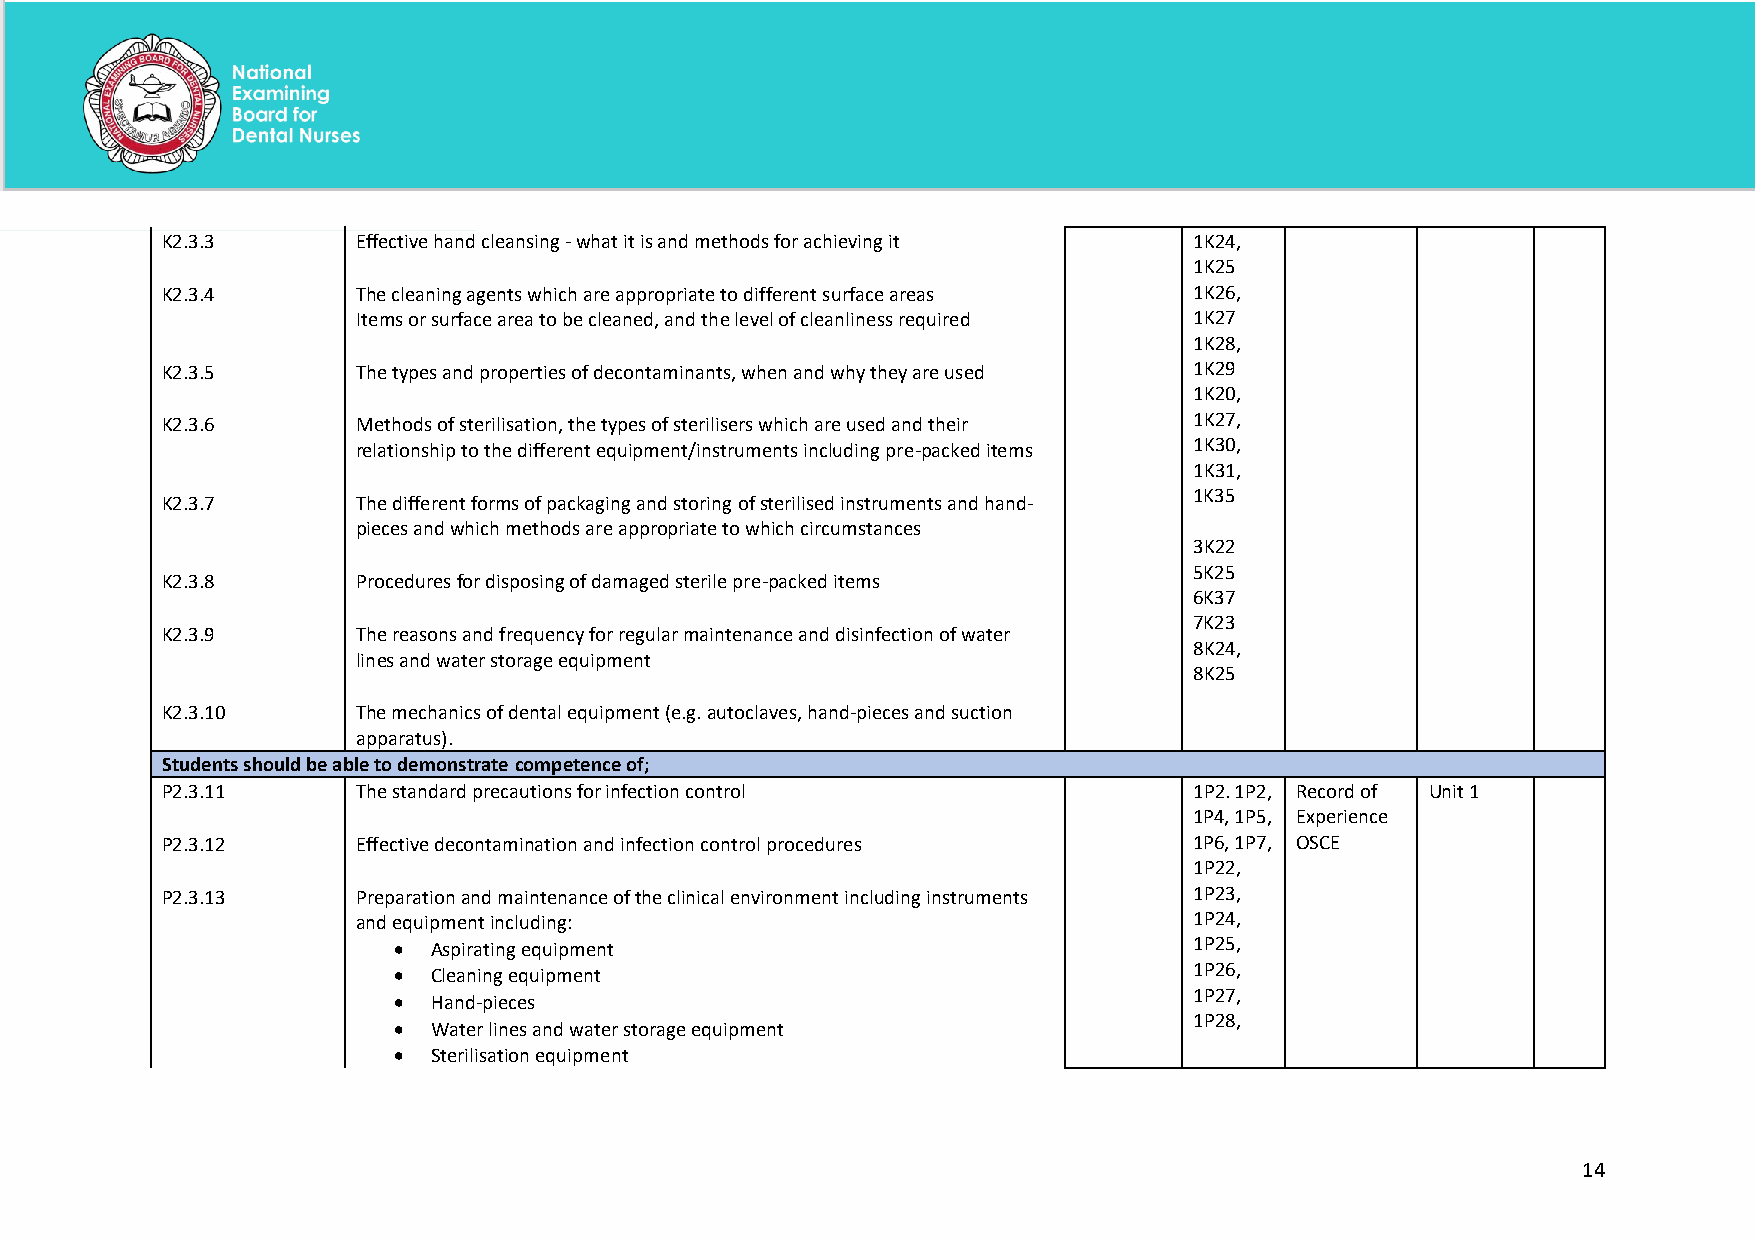
K2.3.3       Effective hand cleansing - what it is and methods for achieving it 1K24,
 1K25
 K2.3.4       The cleaning agents which are appropriate to different surface areas 1K26,
 Items or surface area to be cleaned, and the level of cleanliness required 1K27
 1K28,
 K2.3.5       The types and properties of decontaminants, when and why they are used 1K29
 1K20,
 K2.3.6       Methods of sterilisation, the types of sterilisers which are used and their 1K27,
 relationship to the different equipment/instruments including pre-packed items 1K30,
 1K31,
 1K35
 K2.3.7       The different forms of packaging and storing of sterilised instruments and hand-
 pieces and which methods are appropriate to which circumstances
 3K22
 5K25
 K2.3.8       Procedures for disposing of damaged sterile pre-packed items
 6K37
 7K23
 K2.3.9       The reasons and frequency for regular maintenance and disinfection of water
 8K24,
 lines and water storage equipment
 8K25
 K2.3.10      The mechanics of dental equipment (e.g. autoclaves, hand-pieces and suction
 apparatus).
 Students should be able to demonstrate competence of;
 P2.3.11      The standard precautions for infection control         1P2. 1P2, Record of Unit 1
 1P4, 1P5, Experience
 P2.3.12      Effective decontamination and infection control procedures 1P6, 1P7, OSCE
 1P22,
 P2.3.13      Preparation and maintenance of the clinical environment including instruments 1P23,
 and equipment including:                               1P24,
 •  Aspirating equipment                              1P25,
 •  Cleaning equipment                                1P26,
 1P27,
 •  Hand-pieces
 1P28,
 •  Water lines and water storage equipment
 •  Sterilisation equipment
 14
 National Examining Board for Dental Nurses